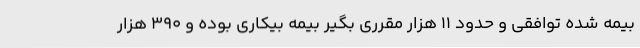
بیمه شده توافقی و حدود 11 هزار مقرری بگیر بیمه بیکاری بوده و 390 هزار